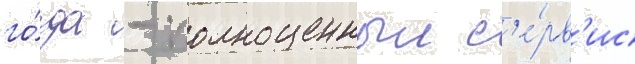
го́да - полноценныи с'е́рв'ис